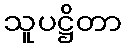
သူပဋ္ဌိတာ